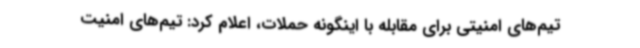
تیم‌های امنیتی برای مقابله با اینگونه حملات، اعلام کرد: تیم‌های امنیت